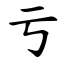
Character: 亏